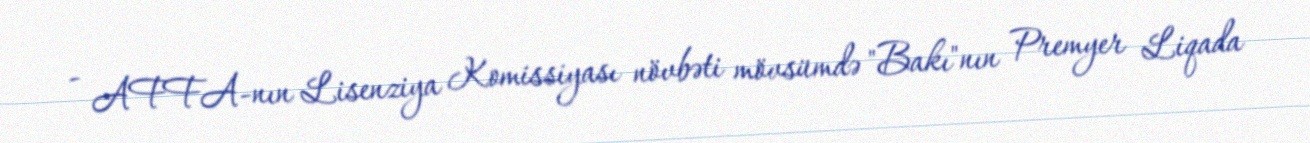
- AFFA-nın Lisenziya Komissiyası növbəti mövsümdə "Bakı"nın Premyer Liqada